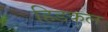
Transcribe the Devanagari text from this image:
हिडकल